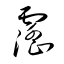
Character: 霪